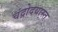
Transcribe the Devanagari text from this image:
चंद्रोदयास्त